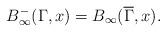
LaTeX: \begin{align*}B_\infty^-(\Gamma,x)=B_\infty(\overline{\Gamma},x).\end{align*}